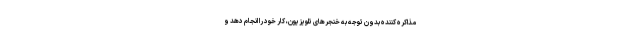
مذاکره کننده بدون توجه به خنجرهای تلویزیون، کار خود را انجام دهد و